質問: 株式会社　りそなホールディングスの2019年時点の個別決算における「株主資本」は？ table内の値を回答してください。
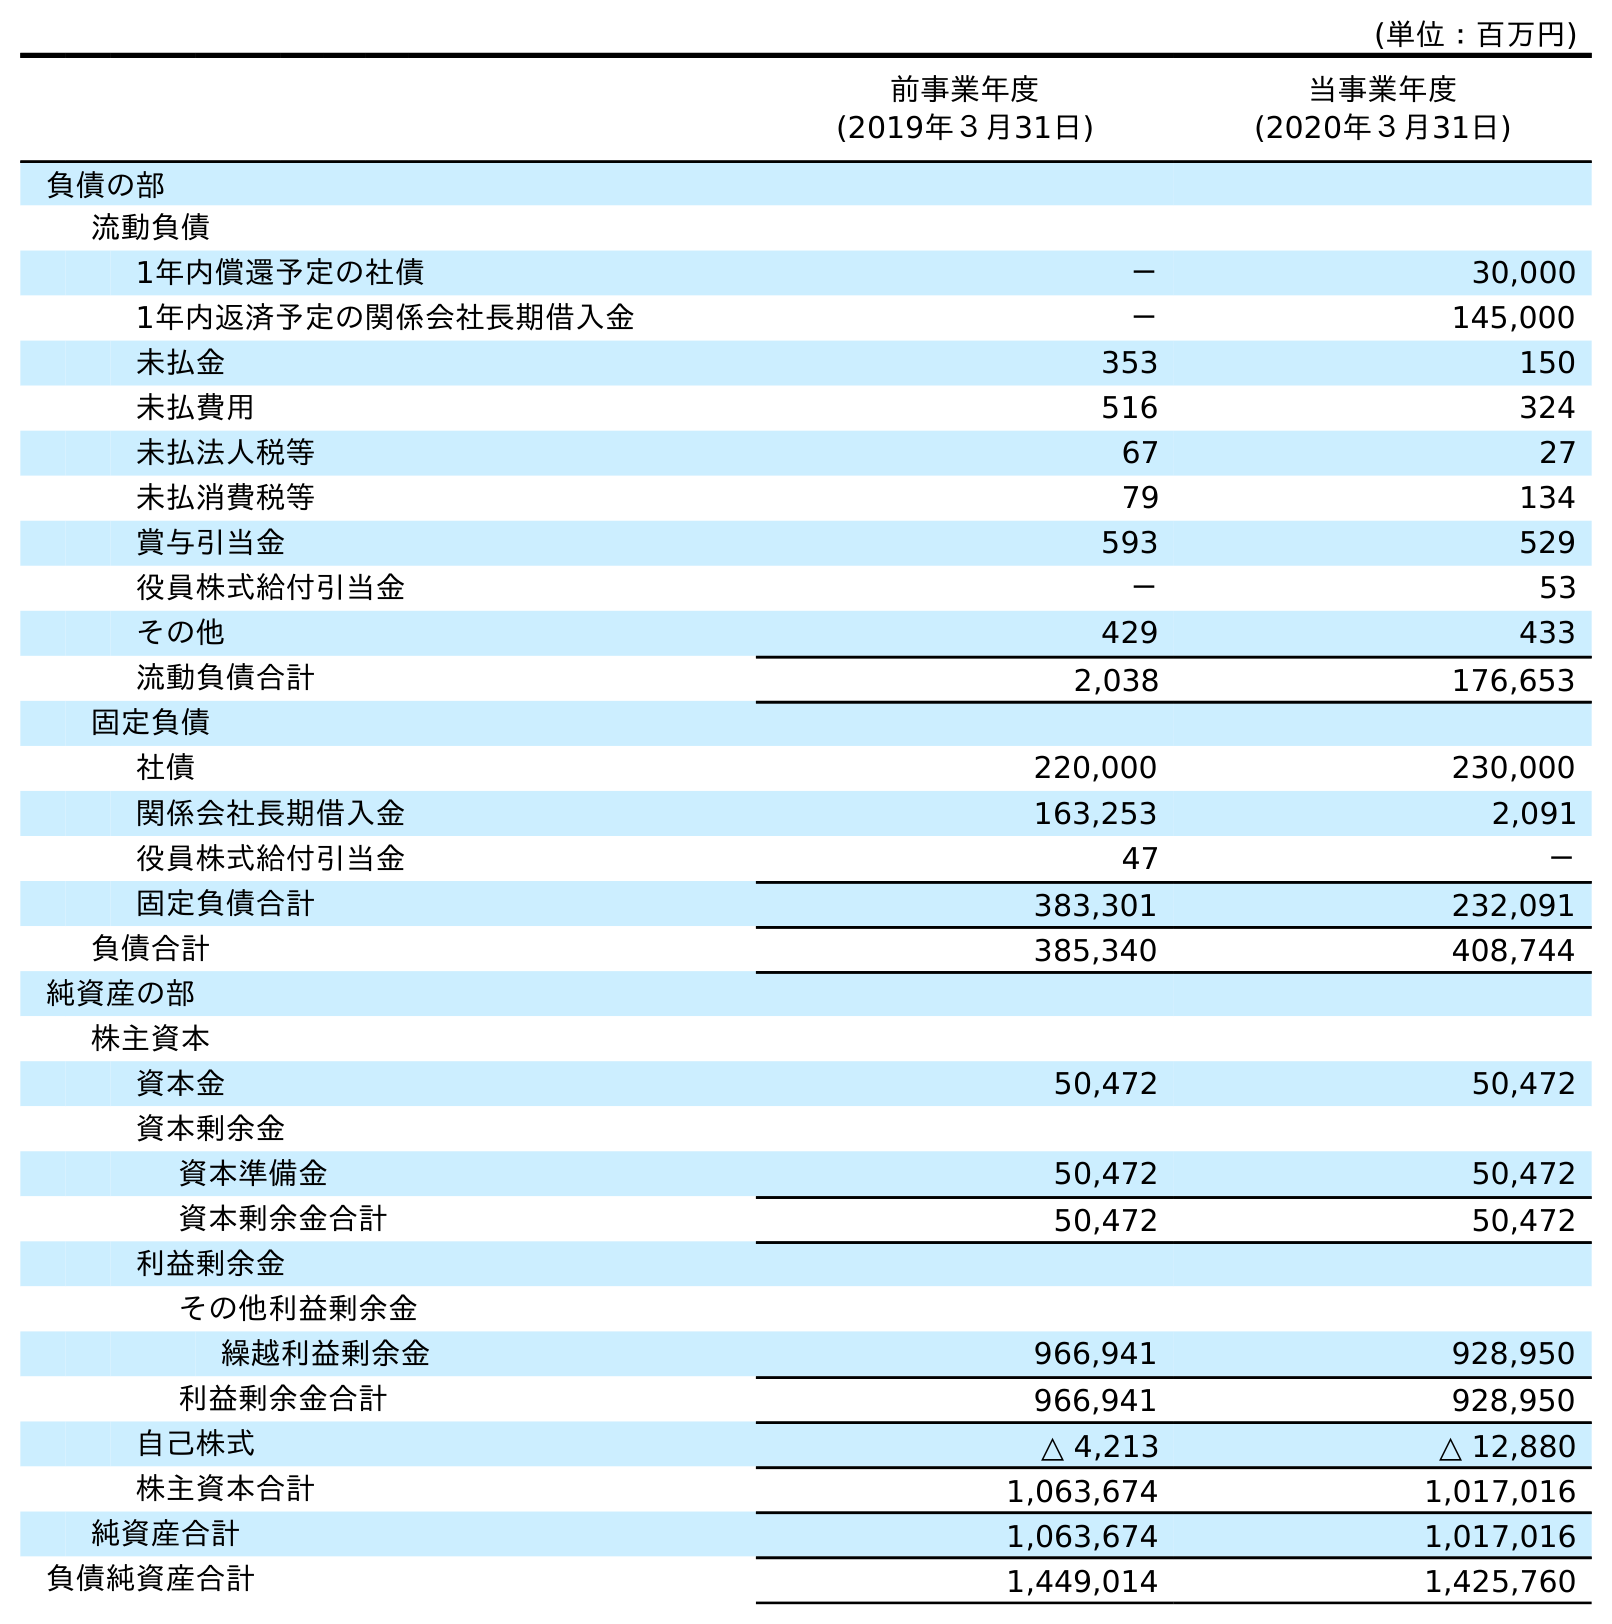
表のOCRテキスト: (単位：百万円) 前事業年度 (2019年３月31日) 当事業年度 (2020年３月31日) 負債の部 流動負債 1年内償還予定の社債 － 30,000 1年内返済予定の関係会社長期借入金 － 145,000 未払金 353 150 未払費用 516 324 未払法人税等 67 27 未払消費税等 79 134 賞与引当金 593 529 役員株式給付引当金 － 53 その他 429 433 流動負債合計 2,038 176,653 固定負債 社債 220,000 230,000 関係会社長期借入金 163,253 2,091 役員株式給付引当金 47 － 固定負債合計 383,301 232,091 負債合計 385,340 408,744 純資産の部 株主資本 資本金 50,472 50,472 資本剰余金 資本準備金 50,472 50,472 資本剰余金合計 50,472 50,472 利益剰余金 その他利益剰余金 繰越利益剰余金 966,941 928,950 利益剰余金合計 966,941 928,950 自己株式 △ 4,213 △ 12,880 株主資本合計 1,063,674 1,017,016 純資産合計 1,063,674 1,017,016 負債純資産合計 1,449,014 1,425,760
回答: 1,063,674